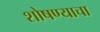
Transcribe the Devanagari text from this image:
शोषण्याचा